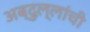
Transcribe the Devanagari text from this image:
अब्दुल्लांची